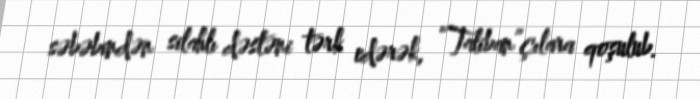
səbəbindən silahlı dəstəni tərk edərək, “Taliban”çılara qoşulub.